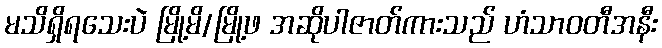
မသိရှိရသေးပဲ မြို့မိ/မြို့ဖ အဆိုပါဇာတ်ကားသည် ဟံသာဝတီအနီး